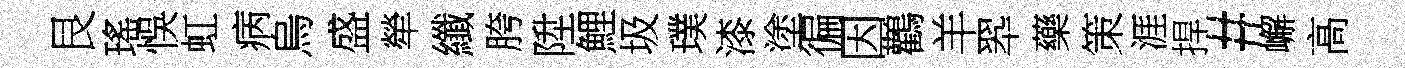
艮瑤悞虹病烏盛犖纖胯陞鯉圾璞漆塗徧因鸛羊翆藥策涯捍#嶰高